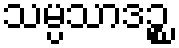
သမ္ပသာဒဉ္စ